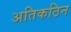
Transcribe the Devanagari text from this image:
अतिकठिन